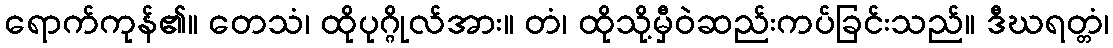
ရောက်ကုန်၏။ တေသံ၊ ထိုပုဂ္ဂိုလ်အား။ တံ၊ ထိုသို့မှီဝဲဆည်းကပ်ခြင်းသည်။ ဒီဃရတ္တံ၊